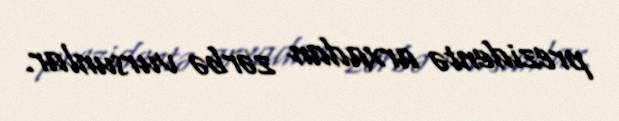
prezidentə arxadan zərbə vursunlar.